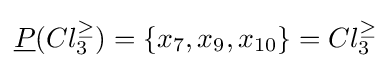
{\underline {P}}(Cl_{3}^{\geq })=\{x_{7},x_{9},x_{10}\}=Cl_{3}^{\geq }